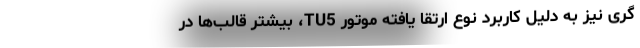
گری نیز به‌ دلیل کاربرد نوع ارتقا یافته موتور TU5، بیشتر قالب‌ها در